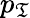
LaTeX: p_{\mathfrak{T}}